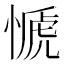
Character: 㥴